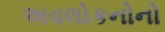
અવલોકનોનો